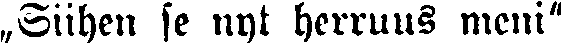
„Siihen se nyt herruus meni"